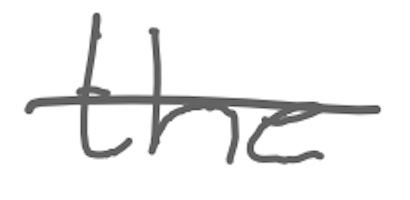
Text: the
Cross-out: single-line
Writing tool: digital_gray